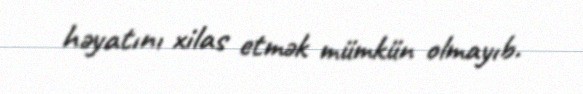
həyatını xilas etmək mümkün olmayıb.